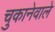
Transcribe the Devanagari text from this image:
चुकानेवाले